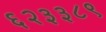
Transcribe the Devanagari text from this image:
६२३३८९